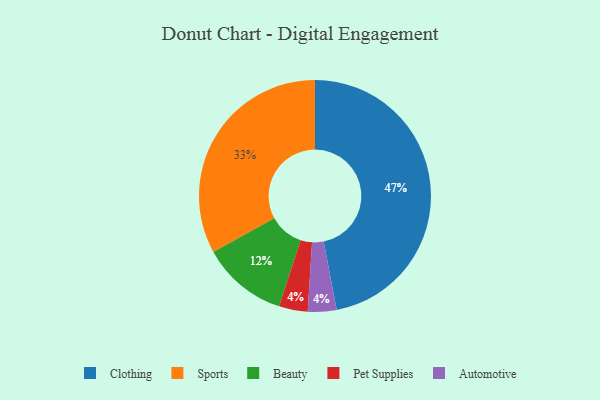
{"axis": {"x": "Category", "y": "Percentage"}, "legend": ["Automotive", "Beauty", "Clothing", "Pet Supplies", "Sports"], "data": [{"x": "Beauty", "y": 12, "type": "Beauty"}, {"x": "Pet Supplies", "y": 4, "type": "Pet Supplies"}, {"x": "Clothing", "y": 47, "type": "Clothing"}, {"x": "Sports", "y": 33, "type": "Sports"}, {"x": "Automotive", "y": 4, "type": "Automotive"}]}